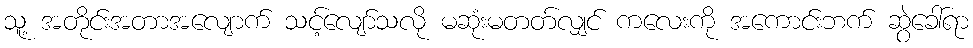
သူ့ အတိုင်းအတာအလျောက် သင့်လျော်သလို မဆုံးမတတ်လျှင် ကလေးကို အကောင်းဘက် ဆွဲခေါ်ရာ